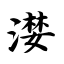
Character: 漤